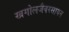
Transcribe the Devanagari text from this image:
खगोलजैवरसायन